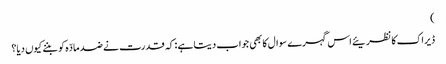
)
ڈیراک کا نظریئے اس گہرے سوال کا بھی جواب دیتا ہے : کہ قدرت نے ضد مادّہ کو بننے کیوں دیا؟